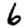
Digit: 6